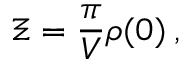
\Xi = \frac { \pi } { V } \rho ( 0 ) \: ,